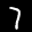
Label: 7